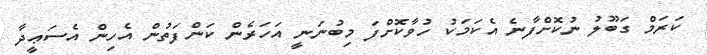
ކަރަމް ގަބޫލު ނުކޮށްފާނެ އެކަމަކު ހުވާކޮށްފަ މިބުނަނީ އަހަރެން ކަންފަތުން އެހިން އެސަޢީދާ